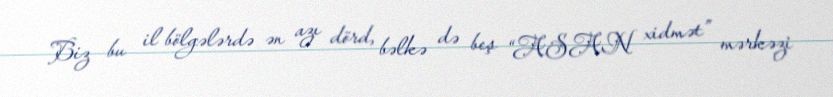
Biz bu il bölgələrdə ən azı dörd, bəlkə də beş “ASAN xidmət” mərkəzi